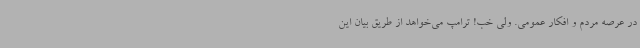
در عرصه مردم و افکار عمومی. ولی خب! ترامپ می‌خواهد از طریق بیان این